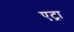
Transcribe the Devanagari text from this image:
एट्रा